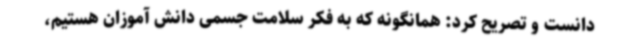
دانست و تصریح کرد: همانگونه که به فکر سلامت جسمی دانش آموزان هستیم،